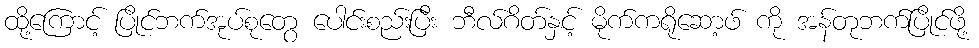
ထု့ိကြောင့် ပြိုင်ဘက်အုပ်စုတွေ ပေါင်းစည်းပြီး ဘီလ်ဂိတ်နှင့် မိုက်ကရိုဆော့ဖ် ကို အန်တုဘက်ပြိုင်ဖို့